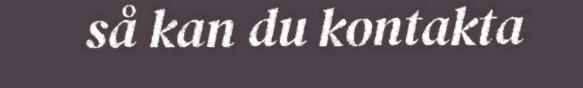
så kan du kontakta